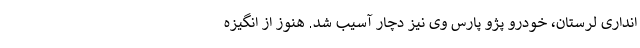
انداری لرستان، خودرو پژو پارس وی نیز دچار آسیب شد. هنوز از انگیزه